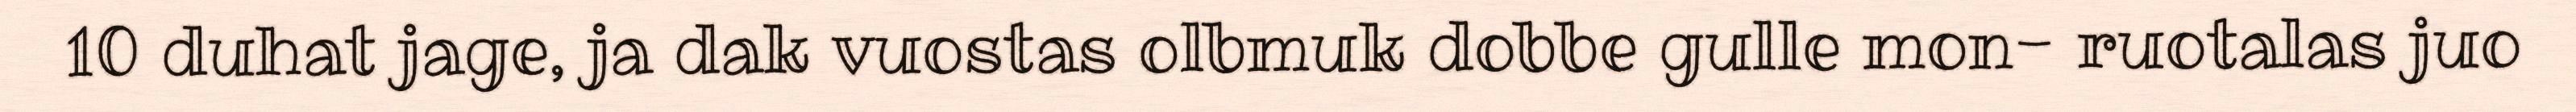
10 duhat jage, ja dak vuostas olbmuk dobbe gulle mon- ruotalas juo